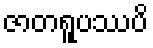
ဇာတရူပဿပိ